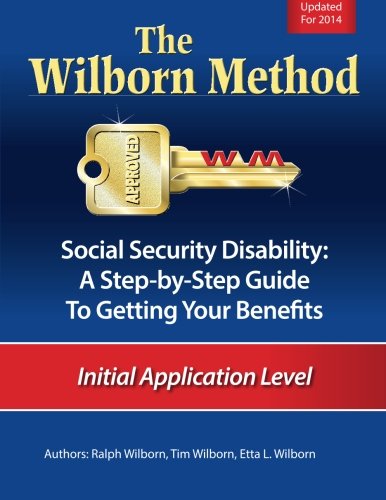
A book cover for The Wilborn Method, Social Security Disability: A Step-by-Step Guide to Getting Your Benefits: Initial Application Level; Ralph Wilborn; Law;